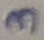
Text: 3